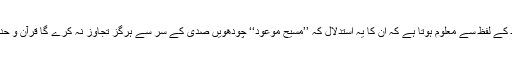
مرزا کے نزدیک استنباط کے لفظ سے معلوم ہوتا ہے کہ اُن کا یہ استدلال کہ ’’مسیح موعود‘‘ چودھویں صدی کے سر سے ہرگز تجاوز نہ کرے گا قرآن و حدیث کی روشنی میں ہوگا۔